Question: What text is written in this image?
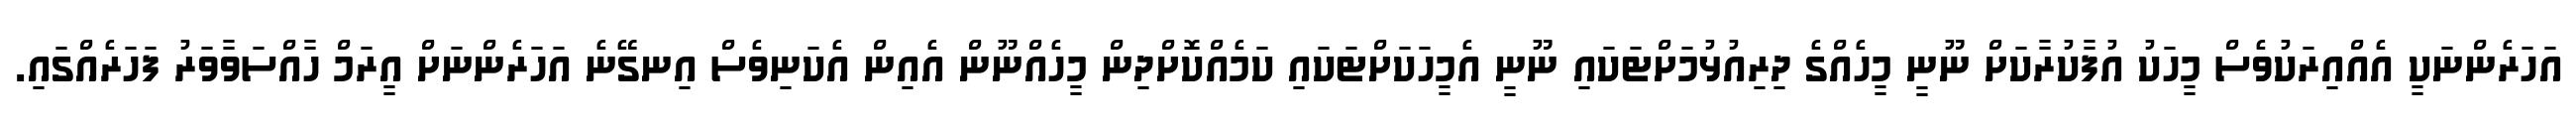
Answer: އަހަރެންނަކީ އެއްއިރަކުވެސް މީހަކު އުފާކުރާކަށް ނޫނީ މީހެއްގެ ދިރިއުޅުމަށްޓަކައި ނޫނީ އެމީހަކަށްޓަކައި ކަމެއްކޮށްދިން މީހެއްނޫން އެއިން އެކަނިވެސް އިނގޭނެ އަހަރެންނަށް އީރަމް ހާއްސަވާވަރު ފަހަރެއްގައި.